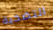
التضحية